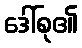
ဒေါ်စု၏